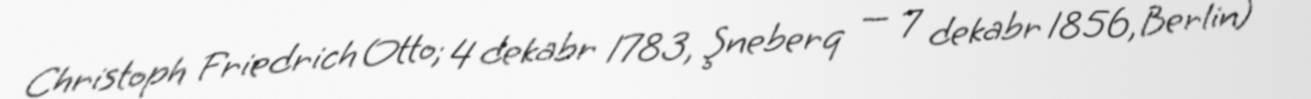
Christoph Friedrich Otto; 4 dekabr 1783, Şneberq — 7 dekabr 1856, Berlin) —